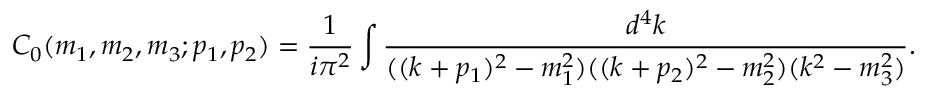
C _ { 0 } ( m _ { 1 } , m _ { 2 } , m _ { 3 } ; p _ { 1 } , p _ { 2 } ) = \frac { 1 } { i \pi ^ { 2 } } \int \frac { d ^ { 4 } k } { ( ( k + p _ { 1 } ) ^ { 2 } - m _ { 1 } ^ { 2 } ) ( ( k + p _ { 2 } ) ^ { 2 } - m _ { 2 } ^ { 2 } ) ( k ^ { 2 } - m _ { 3 } ^ { 2 } ) } .